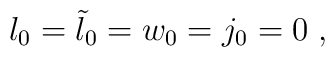
l_0 = {\tilde l}_0 = w_0 = j_0 =0 \;,